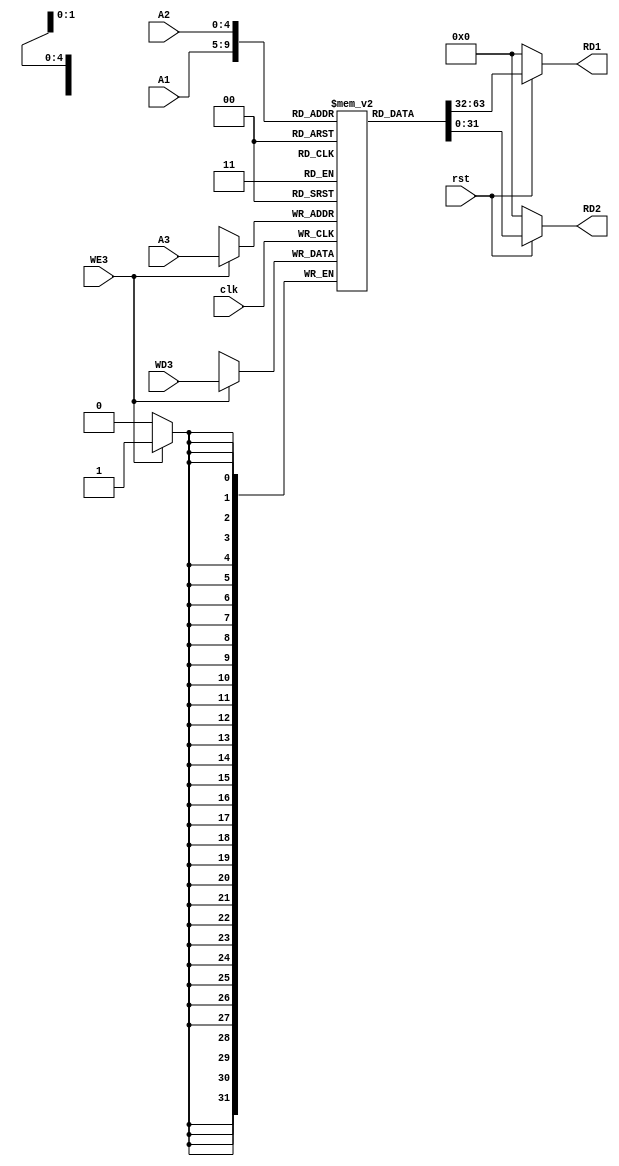
module Register_File(clk,rst,WE3,WD3,A1,A2,A3,RD1,RD2);

    input clk,rst,WE3;
    input [4:0]A1,A2,A3;
    input [31:0]WD3;
    output [31:0]RD1,RD2;

    reg [31:0] Register [31:0];

    always @ (posedge clk)
    begin
        if(WE3)
            Register[A3] <= WD3;
    end

    assign RD1 = (~rst) ? 32'd0 : Register[A1];
    assign RD2 = (~rst) ? 32'd0 : Register[A2];

    initial begin
      Register[5] = 32'h00000005;
        Register[6] = 32'h00000004;
        Register[11] = 32'h00000003;
        Register[12] = 32'h00000002;
      Register[18] = 32'h00000005;
      Register[19] = 32'h00000005;
      Register[20] = 32'h00000008;
      Register[21] = 32'h00000009;
      Register[22] = 32'h00000001;
      Register[23] = 32'h00000002;
        
    end

endmodule